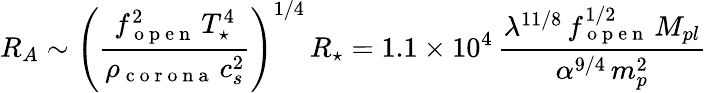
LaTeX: R_{A}\sim\left(\frac{f_{\mathrm{~o~p~e~n~}}^{2}\, T_{\star}^{4}}{\rho_{\mathrm{~c~o~r~o~n~a~}}\, c_{s}^{2}}\right)^{1/4}\, R_{\star}=1.1\times 10^{4}\, \frac{\lambda^{11/8}\, f_{\mathrm{~o~p~e~n~}}^{1/2}\, M_{pl}}{\alpha^{9/4}\, m_{p}^{2}}